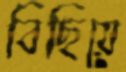
বিছিয়ে